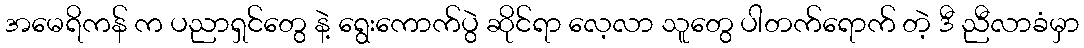
အမေရိကန် က ပညာရှင်တွေ နဲ့ ရွေးကောက်ပွဲ ဆိုင်ရာ လေ့လာ သူတွေ ပါတက်ရောက် တဲ့ ဒီ ညီလာခံမှာ